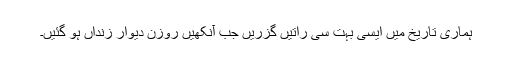
ہماری تاریخ میں ایسی بہت سی راتیں گزریں جب آنکھیں روزن دیوار زنداں ہو گئیں۔